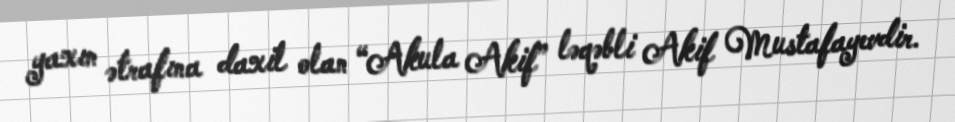
yaxın ətrafına daxil olan “Akula Akif” ləqəbli Akif Mustafayevdir.